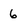
Character: 6